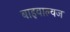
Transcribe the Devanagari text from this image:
बाइवाल्वज